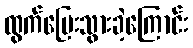
ထွက်ပြေးသွားခဲ့ကြောင်း